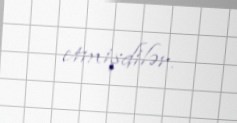
etmişdilər.